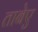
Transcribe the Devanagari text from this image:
ताबेए